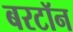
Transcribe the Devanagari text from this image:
बरटॉन